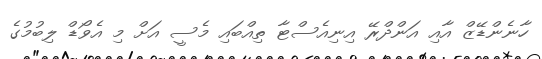
ހާނެންޑޭޒް އާއި އަންދްރޭ އިނިއެސްޓާ ތިއްބައި މެސީ އަށް މި އެވޯޑް ލިބުމުގެ